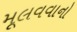
મૂલવવાનો